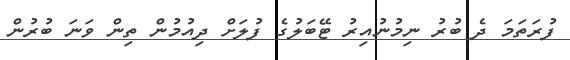
ފުރަތަމަ ދެ ބުރު ނިމުނުއިރު ޓޭބަލުގެ ފުލަށް ދިއުމުން ތިން ވަނަ ބުރުން